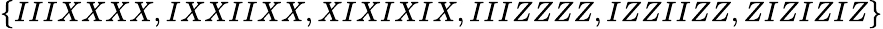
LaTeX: \{ IIIXXXX,IXXIIXX,XIXIXIX,IIIZZZZ,IZZIIZZ,ZIZIZIZ\}